Jarvakandi_vallavalitsus, lk 26
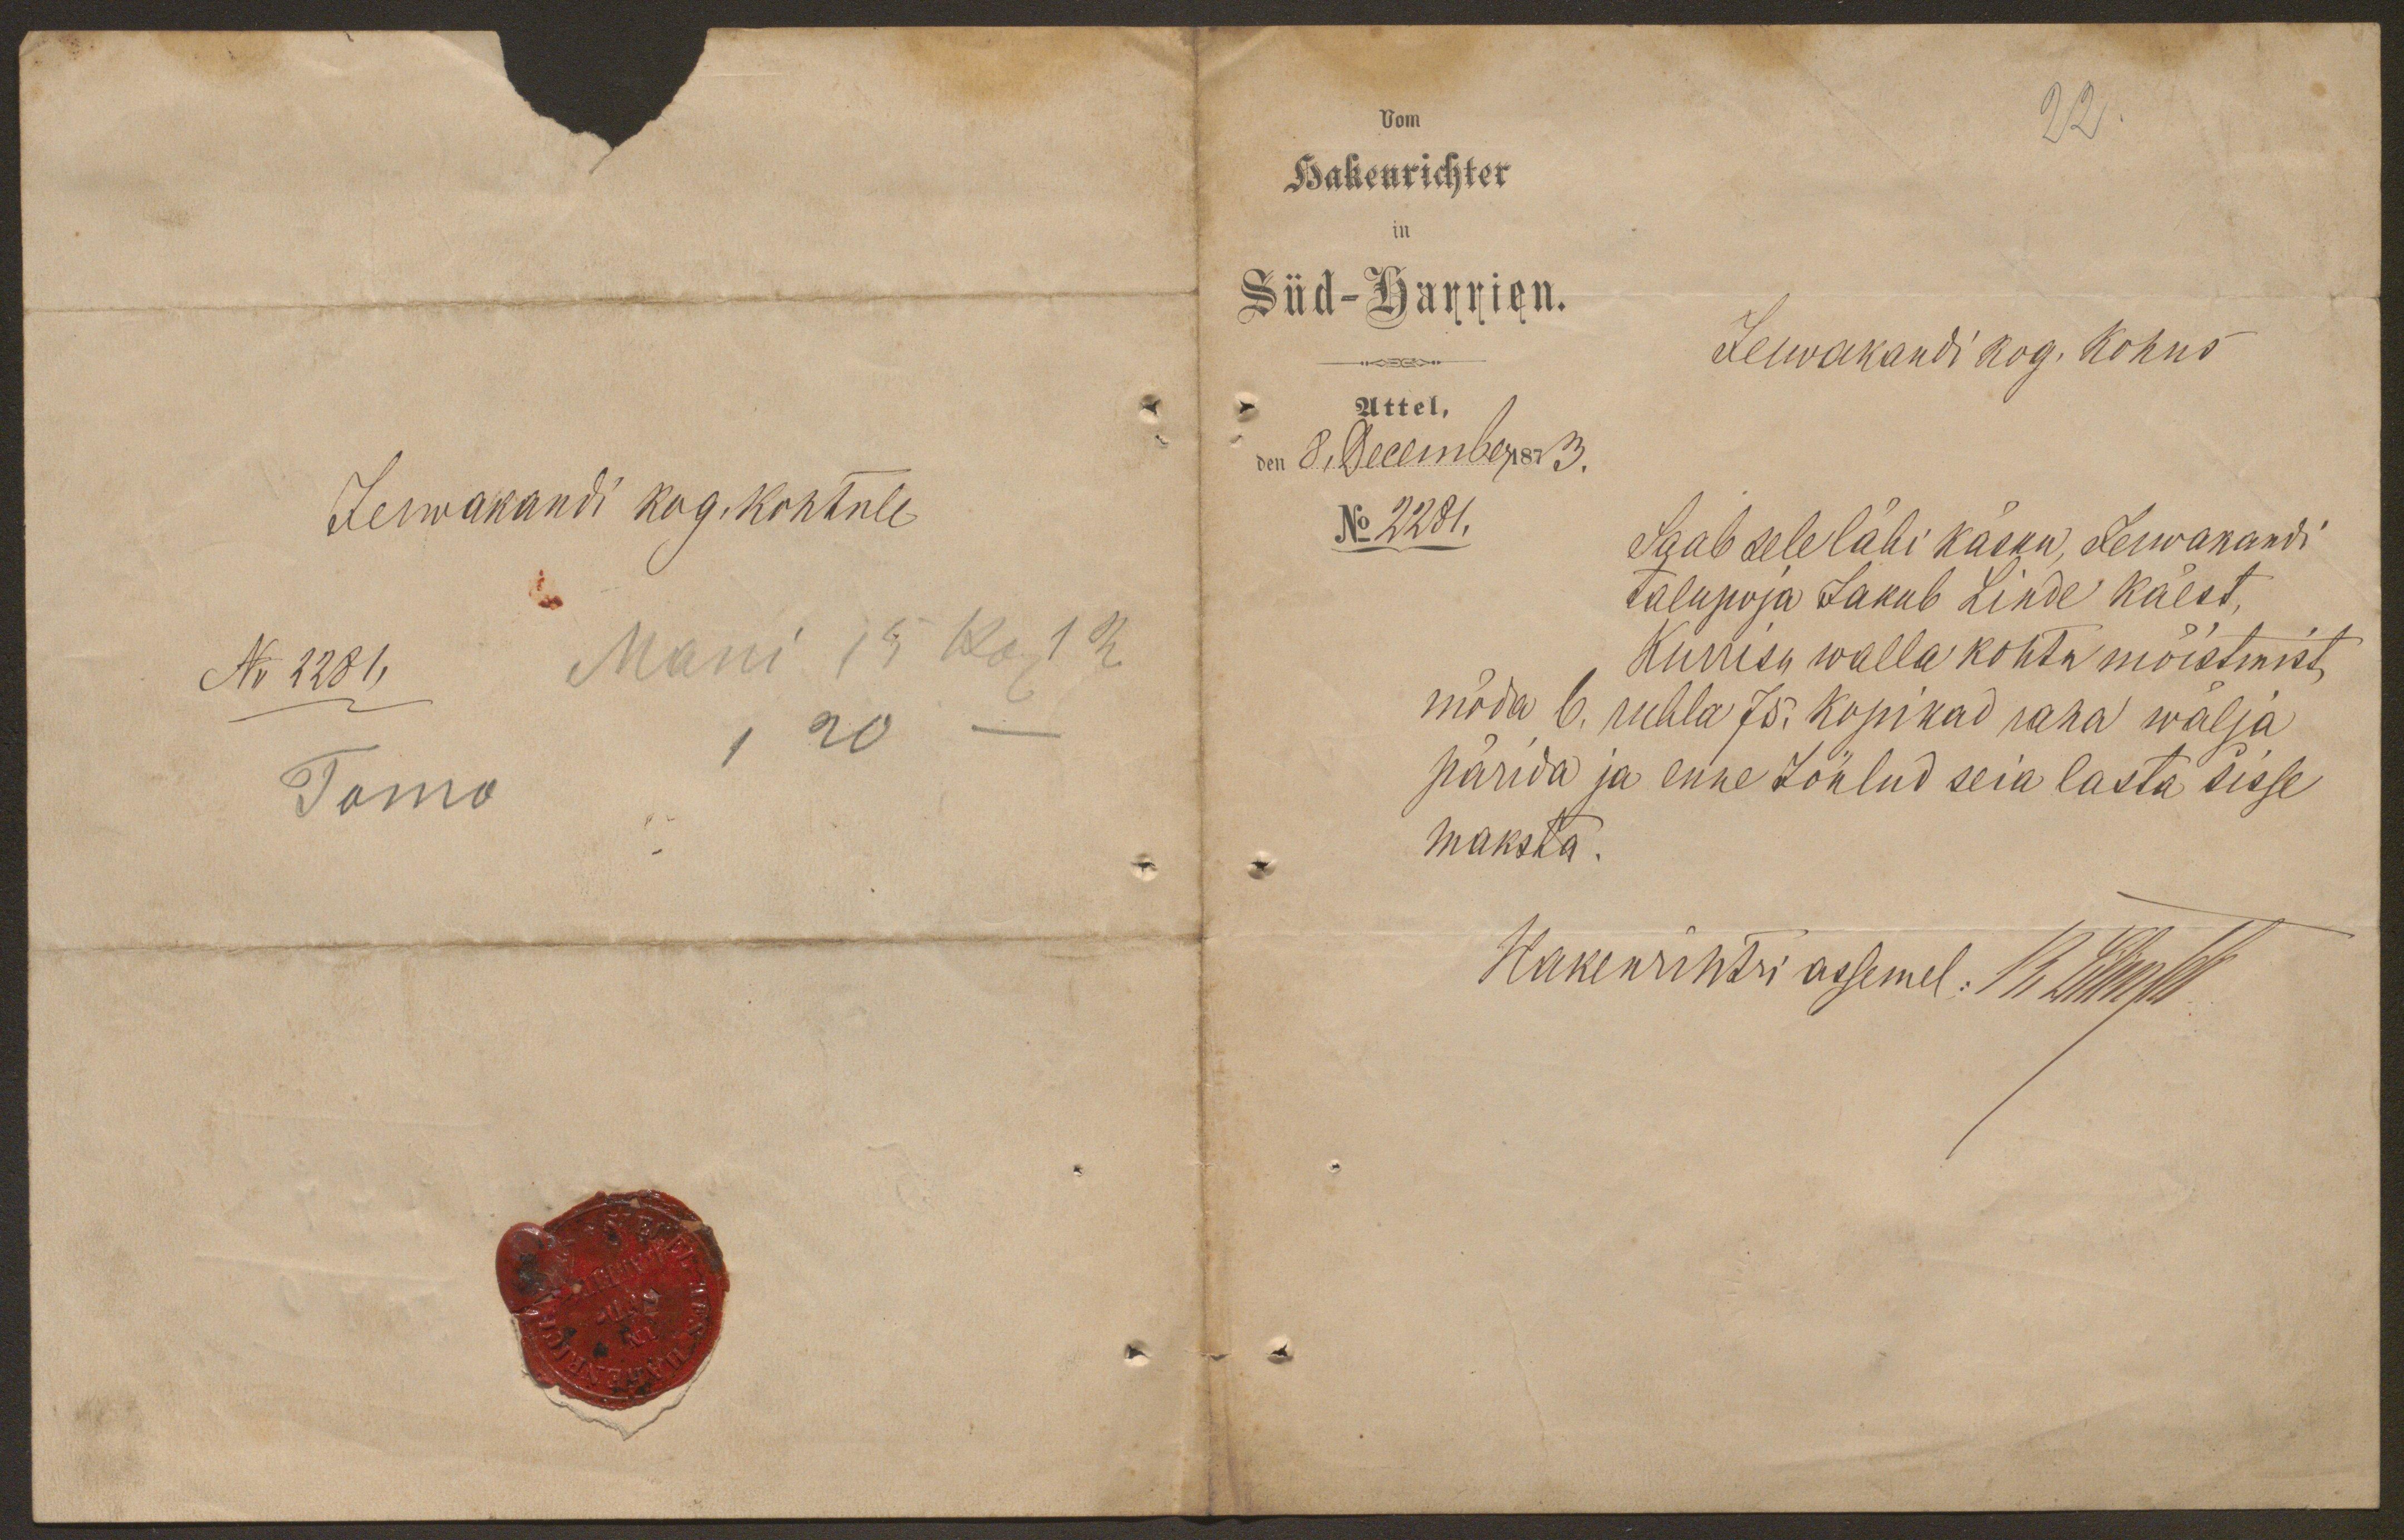
Jerwakandi kog. kohtule
No 2281, Mani 15 Kop 1R
Tamo

Vom
22.
Hakenrichter
in
Süd-Harrien.
Jerwakandi kog. kohus
Uttel,
den 8 December 1987 3.
No 2281.
Saab sele läbi käsku, Jerwakandi
talupoja Jakub Linde käest,
Kuniks walla kohtu mõistmist
möda 6. rubla 75. kopikad raha wälja
pärida ja enne Joulud seia lasta sisse
maksta.
Hakenrihtri assemel: R Lillinnol